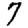
Digit: 7